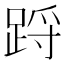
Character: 䟹